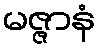
မဇ္ဇာနံ